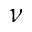
\nu